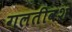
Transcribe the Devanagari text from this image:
गलतीवश